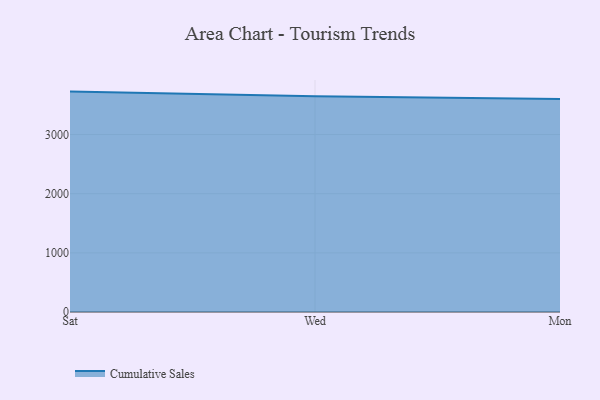
{"axis": {"x": "Day", "y": "Backlog"}, "legend": ["Cumulative Sales"], "data": [{"x": "Sat", "y": 3726.0, "type": "Cumulative Sales"}, {"x": "Wed", "y": 3648.2, "type": "Cumulative Sales"}, {"x": "Mon", "y": 3600.0, "type": "Cumulative Sales"}]}